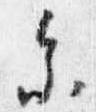
参